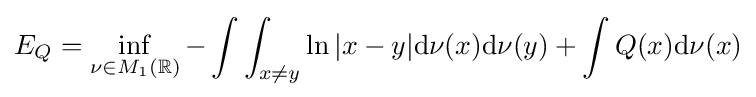
E_{Q}=\inf \limits _{\nu \in M_{1}(\mathbb {R} )}-\int \int _{x\neq y}\ln |x-y|\mathrm {d} \nu (x)\mathrm {d} \nu (y)+\int Q(x)\mathrm {d} \nu (x)